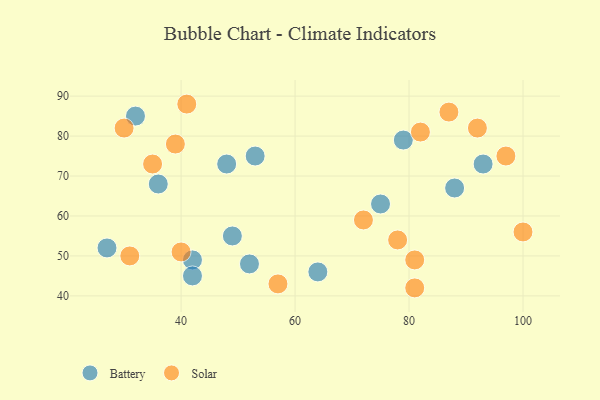
{"axis": {"x": "GDP", "y": "Life Expectancy"}, "legend": ["Battery", "Solar"], "data": [{"x": "48", "y": 73, "type": "Battery"}, {"x": "27", "y": 52, "type": "Battery"}, {"x": "32", "y": 85, "type": "Battery"}, {"x": "52", "y": 48, "type": "Battery"}, {"x": "88", "y": 67, "type": "Battery"}, {"x": "79", "y": 79, "type": "Battery"}, {"x": "93", "y": 73, "type": "Battery"}, {"x": "53", "y": 75, "type": "Battery"}, {"x": "64", "y": 46, "type": "Battery"}, {"x": "42", "y": 49, "type": "Battery"}, {"x": "75", "y": 63, "type": "Battery"}, {"x": "36", "y": 68, "type": "Battery"}, {"x": "49", "y": 55, "type": "Battery"}, {"x": "42", "y": 45, "type": "Battery"}, {"x": "92", "y": 82, "type": "Solar"}, {"x": "81", "y": 42, "type": "Solar"}, {"x": "82", "y": 81, "type": "Solar"}, {"x": "72", "y": 59, "type": "Solar"}, {"x": "41", "y": 88, "type": "Solar"}, {"x": "87", "y": 86, "type": "Solar"}, {"x": "35", "y": 73, "type": "Solar"}, {"x": "40", "y": 51, "type": "Solar"}, {"x": "39", "y": 78, "type": "Solar"}, {"x": "78", "y": 54, "type": "Solar"}, {"x": "81", "y": 49, "type": "Solar"}, {"x": "97", "y": 75, "type": "Solar"}, {"x": "100", "y": 56, "type": "Solar"}, {"x": "57", "y": 43, "type": "Solar"}, {"x": "31", "y": 50, "type": "Solar"}, {"x": "30", "y": 82, "type": "Solar"}]}